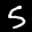
Label: 5